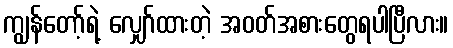
ကျွန်တော့်ရဲ့ လျှော်ထားတဲ့ အဝတ်အစားတွေရပါပြီလား။